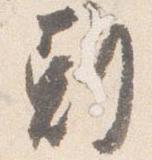
剋